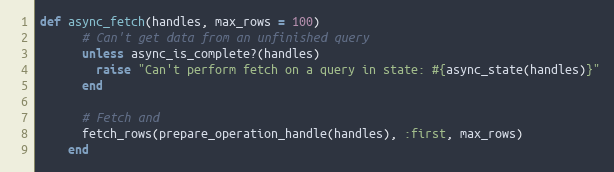
Language: Ruby
def async_fetch(handles, max_rows = 100)
      # Can't get data from an unfinished query
      unless async_is_complete?(handles)
        raise "Can't perform fetch on a query in state: #{async_state(handles)}"
      end

      # Fetch and
      fetch_rows(prepare_operation_handle(handles), :first, max_rows)
    end